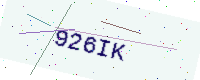
Text: 926IK